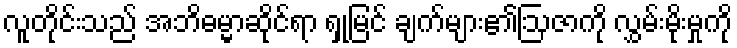
လူတိုင်းသည် အဘိဓမ္မာဆိုင်ရာ ရှုမြင် ချက်များ၏ဩဇာကို လွှမ်းမိုးမှုကို